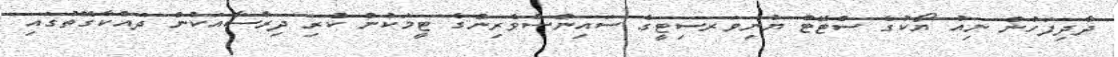
ދާދިފަހުން ނިއު ޔޯކުގެ ސްޓޭޓް ޔުނިވަރސިޓީގެ ސައިންސްވެރިންގެ ޓީމަކުން ކުރި ދިރާސާއަކުން ދައްކާގޮތުގައި